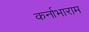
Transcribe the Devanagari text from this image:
कर्नाभाराम